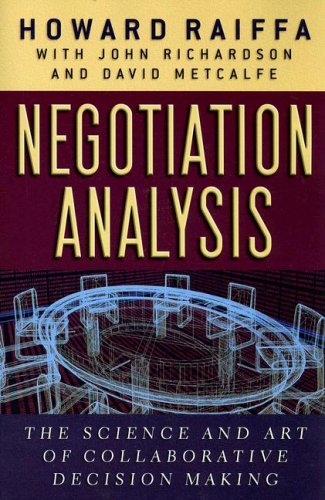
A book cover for Negotiation Analysis: The Science and Art of Collaborative Decision Making; Howard Raiffa; Business & Money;